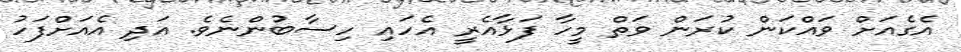
އެގެއަށް ވައްކަން ކުރަން ވަތް މީހާ ފަޅާއެރީ އެހައި ހިސާބުންނެވެ. އަދި އެއަށްފަހު